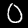
Digit: 0